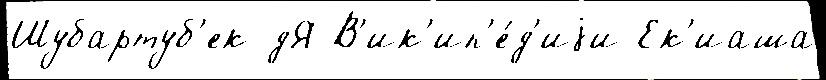
Шубартуб'ек дЯ В'ик'ип'е́д'иjи Ек'иаша